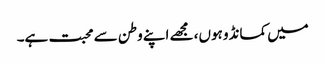
میں کمانڈو ہوں، مجھے اپنے وطن سے محبت ہے۔